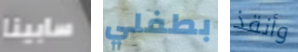
سابينا بطفلي وأنقذ